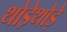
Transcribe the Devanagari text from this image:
थोडे़थोड़े